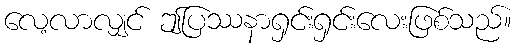
လေ့လာလျှင် ဤပြဿနာရှင်းရှင်းလေးဖြစ်သည်။